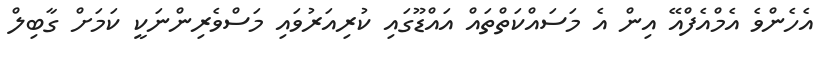
އެހެންވެ އެމްއެފްއޭ އިން އެ މަސައްކަަތްތައް އައްޑޫގައި ކުރިއަރުވައި މަސްވެރިންނަަކީ ކަމަށް ގާބިލް